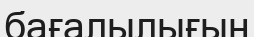
бағалылығын